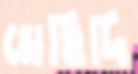
মেহিদি